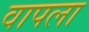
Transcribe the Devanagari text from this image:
वापला